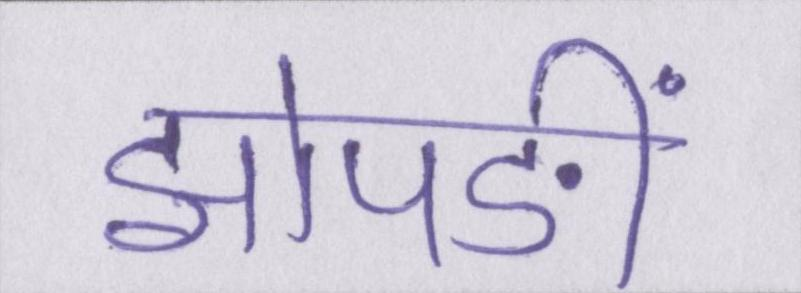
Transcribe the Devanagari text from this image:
झोपङीं